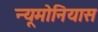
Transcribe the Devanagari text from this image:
न्यूमोनियास